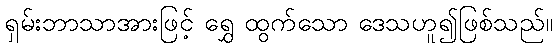
ရှမ်းဘာသာအားဖြင့် ရွှေ ထွက်သော ဒေသဟူ၍ဖြစ်သည်။